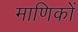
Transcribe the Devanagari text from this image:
माणिकों